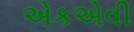
એકએવી